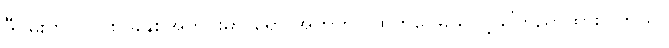
ဒီဂိမ်းကို ၂၀၁၈ ခုနှစ်အတွင်းမှာ ရော အတွက်ပါထုတ်ဝေမယ်လို့ ကြေညာထားပါတယ်။